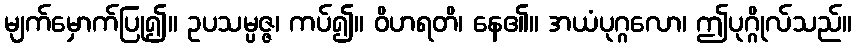
မျက်မှောက်ပြု၍။ ဥပသမ္ပဇ္ဇ၊ ကပ်၍။ ဝိဟရတိ၊ နေ၏။ အယံပုဂ္ဂလော၊ ဤပုဂ္ဂိုလ်သည်။